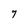
Character: 9